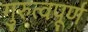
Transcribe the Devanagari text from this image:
गुरुत्वपूर्ण